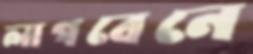
লাগবেনে